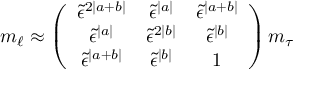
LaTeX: { m _ { \ell } } \approx \left( \begin{array} { c c c } { { \tilde { \epsilon } ^ { 2 | a + b | } } } & { { \tilde { \epsilon } ^ { | a | } } } & { { \tilde { \epsilon } ^ { | a + b | } } } \\ { { \tilde { \epsilon } ^ { | a | } } } & { { \tilde { \epsilon } ^ { 2 | b | } } } & { { \tilde { \epsilon } ^ { | b | } } } \\ { { \tilde { \epsilon } ^ { | a + b | } } } & { { \tilde { \epsilon } ^ { | b | } } } & { { 1 } } \end{array} \right) { m _ { \tau } }